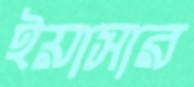
ইয়াসার